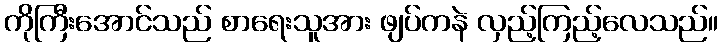
ကိုကြီးအောင်သည် စာရေးသူအား ဖျပ်ကနဲ လှည့်ကြည့်လေသည်။